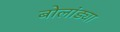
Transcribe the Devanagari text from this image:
बोलांड्या